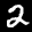
Label: 2